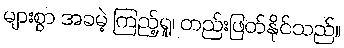
များစွာ အခမဲ့ ကြည့်ရှု၊ တည်းဖြတ်နိုင်သည်။